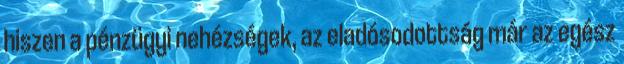
hiszen a pénzügyi nehézségek, az eladósodottság már az egész